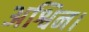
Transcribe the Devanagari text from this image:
अश्विन।